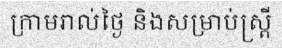
ក្រាមរាល់ថ្ងៃ និងសម្រាប់ស្ត្រី